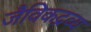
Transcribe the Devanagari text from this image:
जैविकद्रव्य